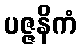
ပဇ္ဇနိကံ